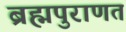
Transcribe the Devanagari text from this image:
ब्रह्मपुराणत